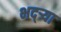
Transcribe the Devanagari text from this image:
भद्‌ऱ्या